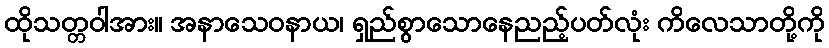
ထိုသတ္တဝါအား။ အနာသေဝနာယ၊ ရှည်စွာသောနေညည့်ပတ်လုံး ကိလေသာတို့ကို